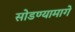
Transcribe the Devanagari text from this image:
सोडण्यामागे